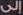
إلى